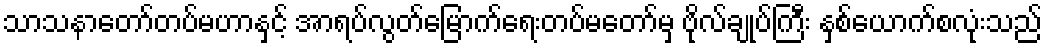
သာသနာတော်တပ်မဟာနှင့် အာရပ်လွတ်မြောက်ရေးတပ်မတော်မှ ဗိုလ်ချုပ်ကြီး နှစ်ယောက်စလုံးသည်